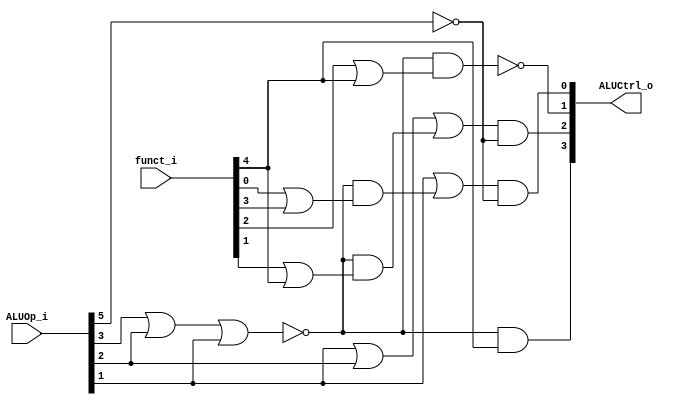
//Subject:     CO project 2 - ALU Controller
//--------------------------------------------------------------------------------
//Version:     1
//--------------------------------------------------------------------------------
//Writer:      
//----------------------------------------------
//Date:        
//----------------------------------------------
//Description: 
//--------------------------------------------------------------------------------

module ALU_Ctrl(
          funct_i,
          ALUOp_i,
          ALUCtrl_o
          );
          
//I/O ports 
input      [6-1:0] funct_i;
input      [5:0] ALUOp_i;

output     [4-1:0] ALUCtrl_o;    
     
//Internal Signals
reg        [4-1:0] ALUCtrl_o;

//Parameter
always@(funct_i, ALUOp_i)begin
    ALUCtrl_o[0]=(ALUOp_i[1] | (~(ALUOp_i[3] | ALUOp_i[2] | ALUOp_i[1]) & (funct_i[0] | funct_i[3]))) & ~ALUOp_i[5];
    ALUCtrl_o[1]=~(~(ALUOp_i[3] | ALUOp_i[2] | ALUOp_i[1]) & (funct_i[2] | funct_i[4]));
    ALUCtrl_o[2]=(ALUOp_i[1] | ALUOp_i[2] | (~(ALUOp_i[3] | ALUOp_i[2] | ALUOp_i[1]) & (funct_i[1] | funct_i[4]))) & ~ALUOp_i[5];
    ALUCtrl_o[3]=(~(ALUOp_i[3] | ALUOp_i[2] | ALUOp_i[1]) & funct_i[4]);
//Select exact operation
end
endmodule